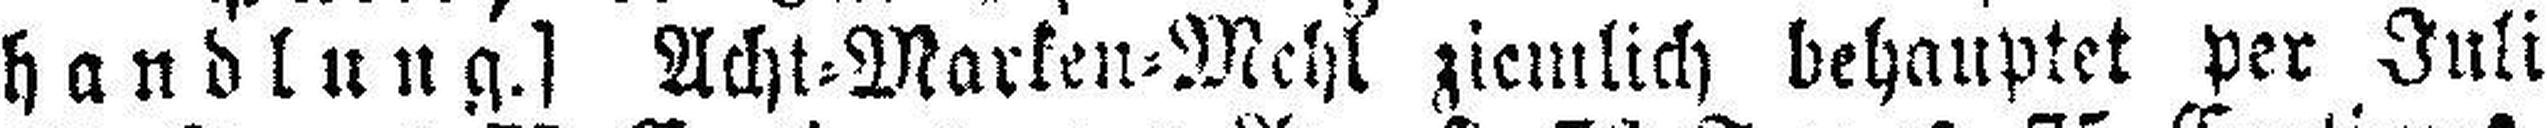
handlung.] Acht=Marken=Mchl ziemlich behauptet per Juli